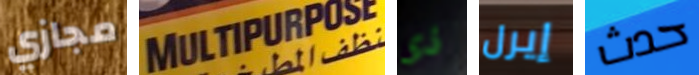
مجازي MULTIPURPOSE ذى إيرل حدث